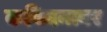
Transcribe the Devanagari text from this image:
कविमनावर